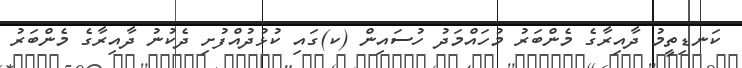
ކަނޑިތީމު ދާއިރާގެ މެންބަރު މުހައްމަދު ހުސައިން (ކ)ގައި ކުޅުދުއްފުށި ދެކުނު ދާއިރާގެ މެންބަރު